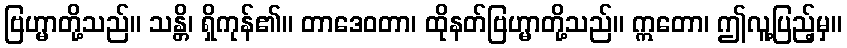
ဗြဟ္မာတို့သည်။ သန္တိ၊ ရှိကုန်၏။ တာဒေဝတာ၊ ထိုနတ်ဗြဟ္မာတို့သည်။ ဣတော၊ ဤလူ့ပြည့်မှ။